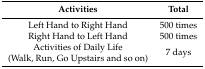
<table><thead><tr><td><b>Activities</b></td><td><b>Total</b></td></tr></thead><tbody><tr><td>Left Hand to Right Hand</td><td>500 times</td></tr><tr><td>Right Hand to Left Hand</td><td>500 times</td></tr><tr><td>Activities of Daily Life</td><td rowspan="2">7 days</td></tr><tr><td>(Walk, Run, Go Upstairs and so on)</td></tr></tbody></table>